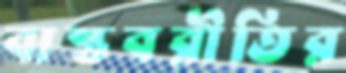
বাস্তবরীতির